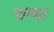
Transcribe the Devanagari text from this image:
रुग्णां